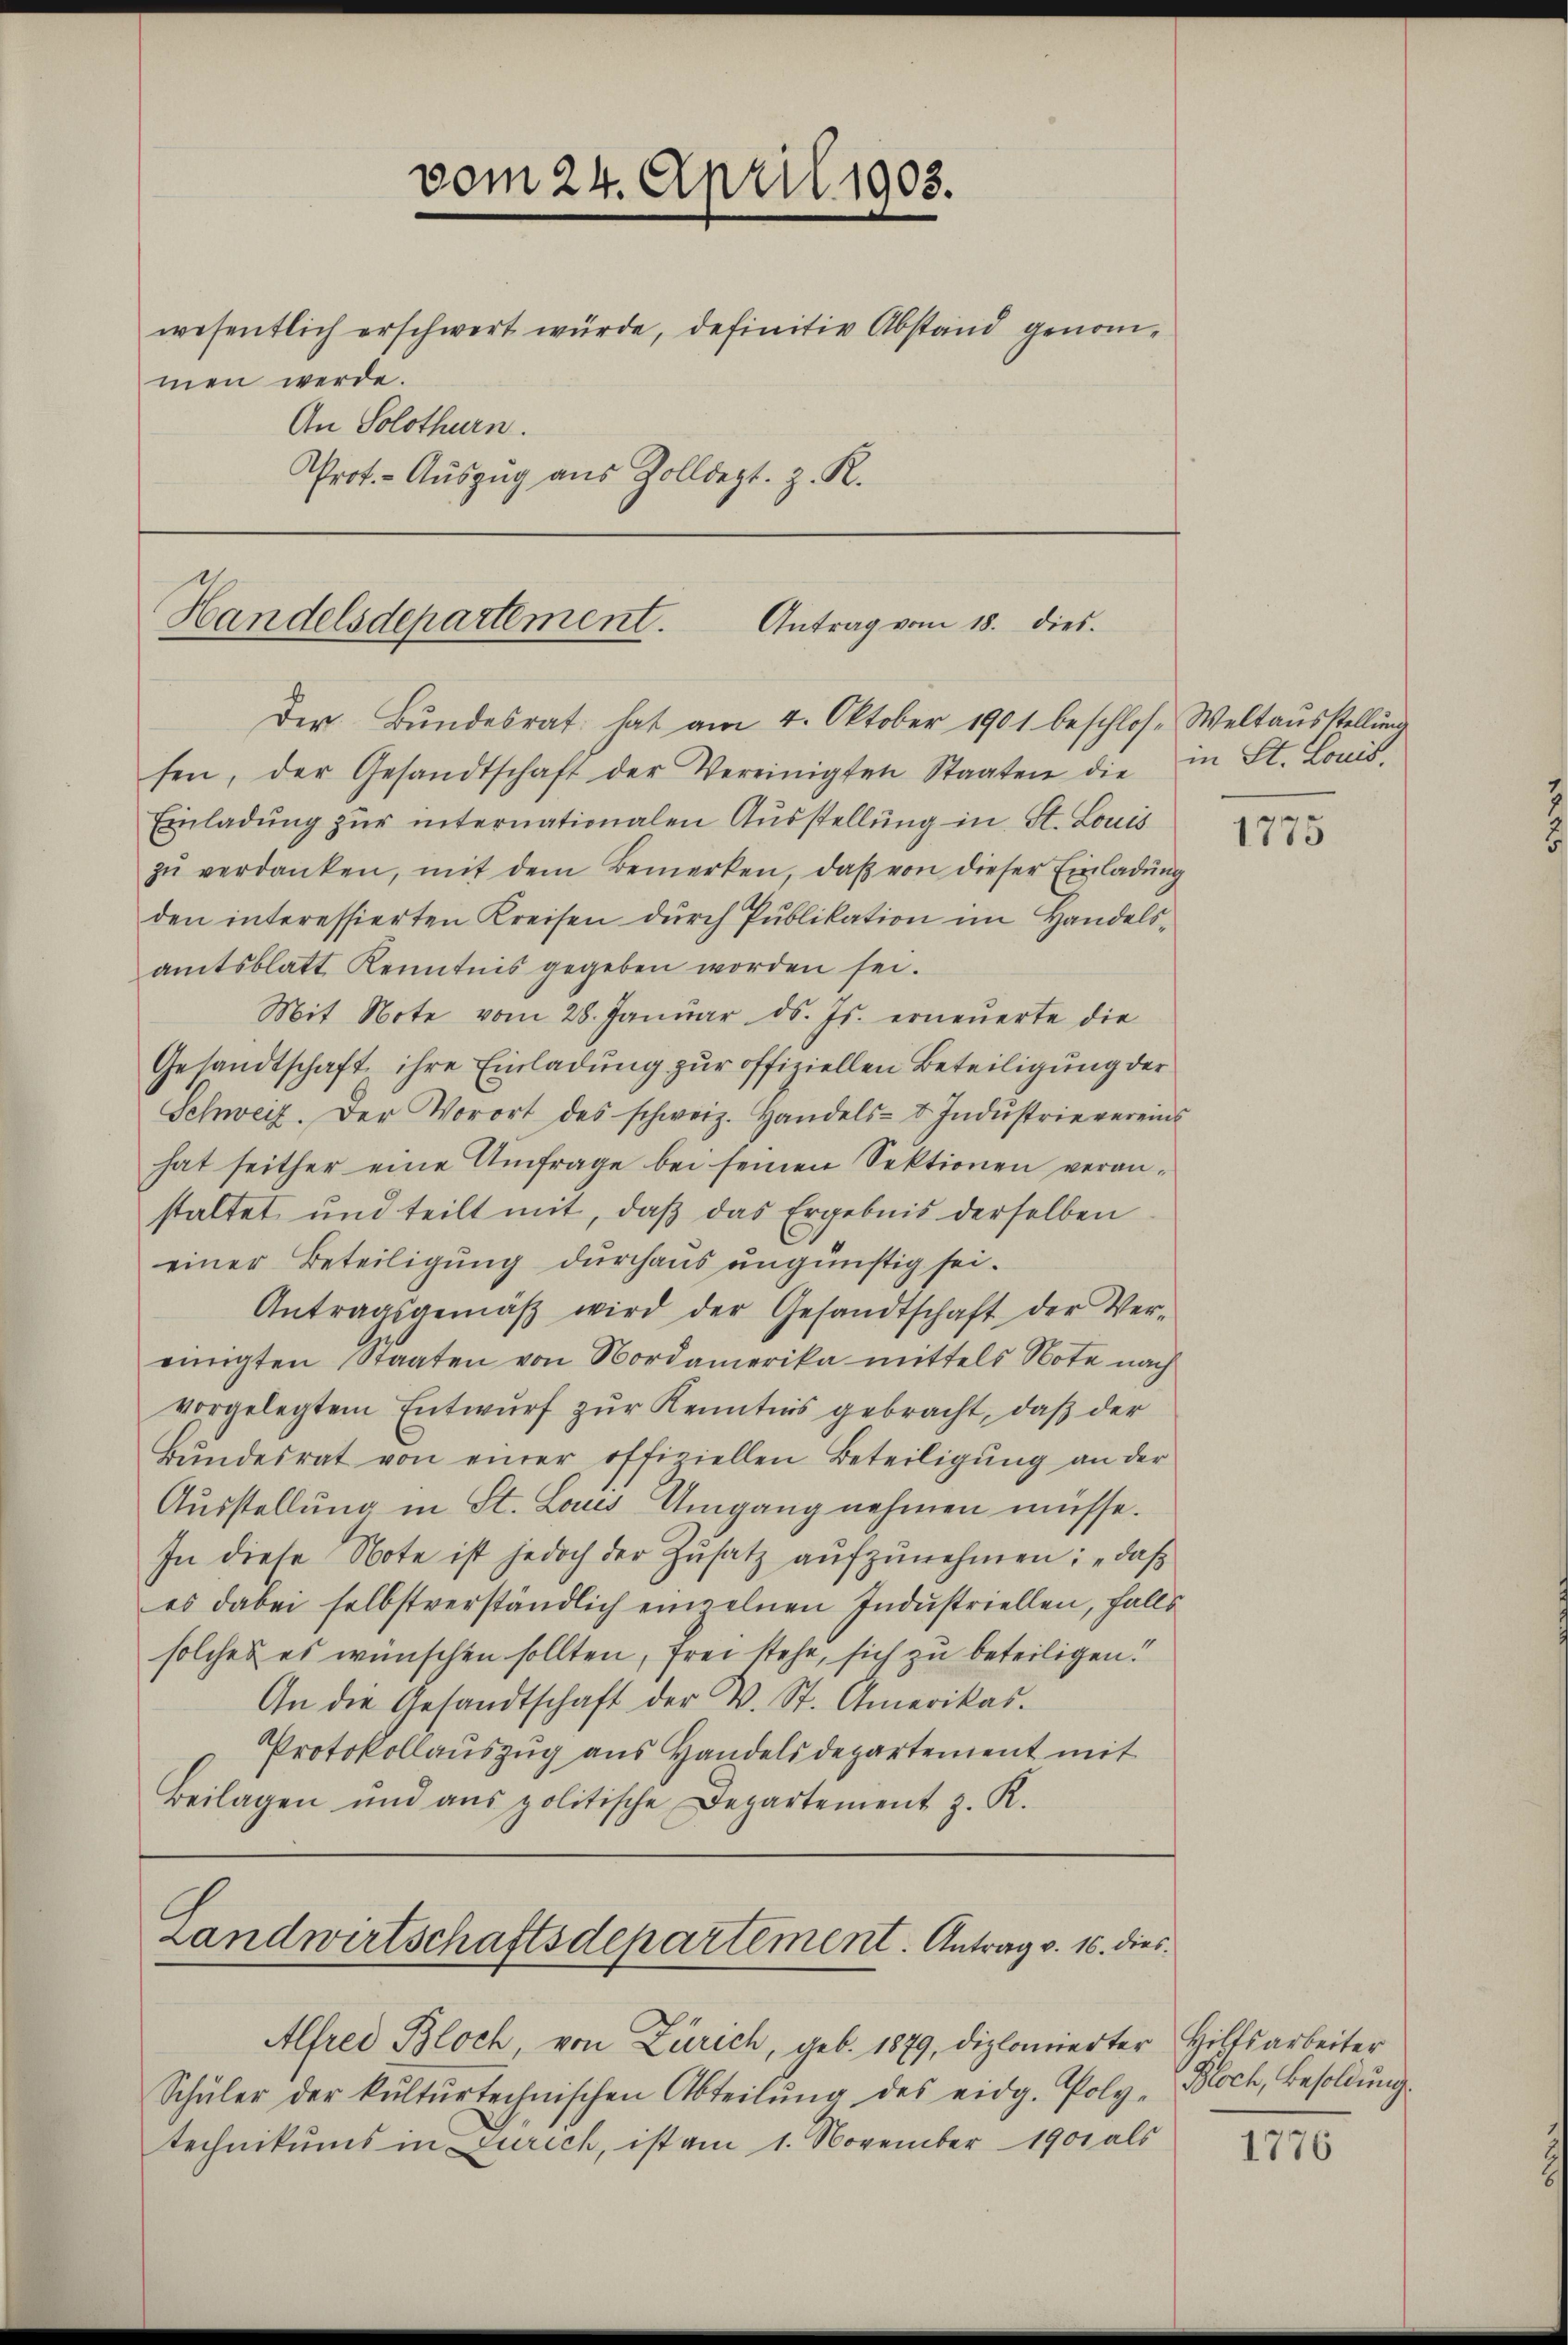
vom 24. April 1903.
wesentlich erschwert würde, definitiv Abstand genommen werde.
An Solothurn.
Prot. - Auszug aus Zolldept. z. R.

Handelsdepartement.
Antrag vom 18. dies.
Der Bŭndesrat hat am 4. Oktober 1901 beschlose Weltaŭsstellŭng

sen, der Gesandtschaft der Vereinigten Staaten die in St. Louis-
Einladung zur internationalen Ausstellung in St. Louis
zŭ verdanken, mit dem Bemerken, daß von dieser Einladung
den interessierten Kreisen durch Publikation im Handelsamtsblatt Kenntnis gegeben worden sei.
Mit Note vom 28. Janŭar d. Js. erneŭerte die
Gesandtschaft ihre Einladung zur offiziellen Beteiligung der
Schweiz. Der Vorort des schweiz. Handels- u. Indŭstrie vereins
hat seither eine Umfrage bei seinen Sektionen veranstaltet und teilt mit, daß das Ergebnis derselben
einer Beteiligung durchaus ungünstig sei.
Antragsgemäβ wird der Gesandtschaft der Ver-
einigten Staaten von Nordamerika mittels Note nach
vorgelegtem Entwurf zur Kenntnis gebracht, daß der
Bŭndesrat von einer offiziellen Beteiligŭng an der
Ausstellung in St. Laus Umgang nehmen müsse.
In diese Note ist jedoch der Zŭsatz aŭfzŭnehmen: „daß
es dabei selbstverständlich einzelnen Industriellen, falls
solches es wünschen sollten, frei stehe, sich zu beteiligen.
An die Gesandtschaft der V. St. Amerikas.
Protokollauszug aus Handelsdepartement mit
Beilagen und ans politische Departement z. K.
Landwirtschaftsdepartement. Antrag v. 16. dies
Alfrei Bloch, von Zürich, geb. 1879, diplomierter Hilfsarbeiter
Schüler der kŭltŭrtechnischen Abteilŭng des eidg. Poly-Bloch, Besoldŭng.
technikums in Zürich, ist am 1. November 1901 als

1775

1776